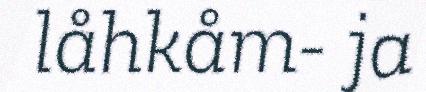
låhkåm- ja